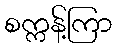
စက္ကန့်ကြာ